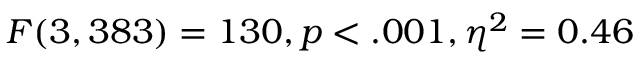
F ( 3 , 3 8 3 ) = 1 3 0 , p < . 0 0 1 , \eta ^ { 2 } = 0 . 4 6